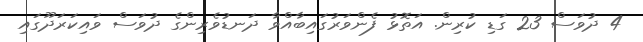
4 ދުވަސް 23 ގަޑި ކުރިން. އަތޮޅު ފެންވަރުގައިބާއްވާ ދަނޑުވެރިންގެ ދުވަސް ވައިކަރަދޫގައި